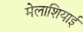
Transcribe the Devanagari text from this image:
मेलाशियाई